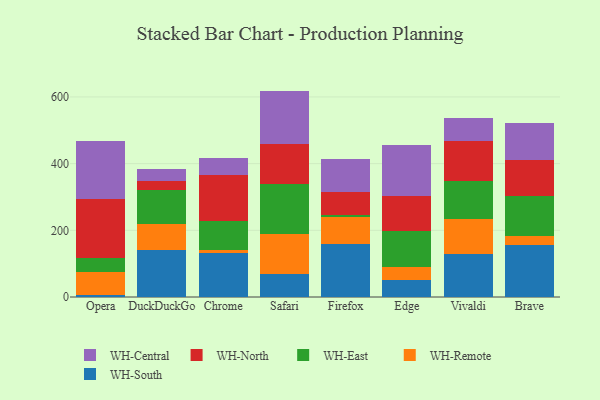
{"axis": {"x": "Browser", "y": "Latency (ms)"}, "legend": ["WH-Central", "WH-East", "WH-North", "WH-Remote", "WH-South"], "data": [{"x": "Opera", "y": 5.6, "type": "WH-South"}, {"x": "Opera", "y": 68.2, "type": "WH-Remote"}, {"x": "Opera", "y": 43.2, "type": "WH-East"}, {"x": "Opera", "y": 176.4, "type": "WH-North"}, {"x": "Opera", "y": 175.7, "type": "WH-Central"}, {"x": "DuckDuckGo", "y": 142.1, "type": "WH-South"}, {"x": "DuckDuckGo", "y": 76.3, "type": "WH-Remote"}, {"x": "DuckDuckGo", "y": 102.1, "type": "WH-East"}, {"x": "DuckDuckGo", "y": 28.6, "type": "WH-North"}, {"x": "DuckDuckGo", "y": 35.2, "type": "WH-Central"}, {"x": "Chrome", "y": 130.8, "type": "WH-South"}, {"x": "Chrome", "y": 8.8, "type": "WH-Remote"}, {"x": "Chrome", "y": 87.7, "type": "WH-East"}, {"x": "Chrome", "y": 138.3, "type": "WH-North"}, {"x": "Chrome", "y": 50.3, "type": "WH-Central"}, {"x": "Safari", "y": 69.0, "type": "WH-South"}, {"x": "Safari", "y": 118.6, "type": "WH-Remote"}, {"x": "Safari", "y": 150.2, "type": "WH-East"}, {"x": "Safari", "y": 121.0, "type": "WH-North"}, {"x": "Safari", "y": 159.5, "type": "WH-Central"}, {"x": "Firefox", "y": 157.8, "type": "WH-South"}, {"x": "Firefox", "y": 81.0, "type": "WH-Remote"}, {"x": "Firefox", "y": 6.4, "type": "WH-East"}, {"x": "Firefox", "y": 70.5, "type": "WH-North"}, {"x": "Firefox", "y": 97.6, "type": "WH-Central"}, {"x": "Edge", "y": 52.5, "type": "WH-South"}, {"x": "Edge", "y": 38.3, "type": "WH-Remote"}, {"x": "Edge", "y": 106.4, "type": "WH-East"}, {"x": "Edge", "y": 105.8, "type": "WH-North"}, {"x": "Edge", "y": 153.3, "type": "WH-Central"}, {"x": "Vivaldi", "y": 128.7, "type": "WH-South"}, {"x": "Vivaldi", "y": 105.2, "type": "WH-Remote"}, {"x": "Vivaldi", "y": 115.0, "type": "WH-East"}, {"x": "Vivaldi", "y": 118.4, "type": "WH-North"}, {"x": "Vivaldi", "y": 69.4, "type": "WH-Central"}, {"x": "Brave", "y": 155.1, "type": "WH-South"}, {"x": "Brave", "y": 29.3, "type": "WH-Remote"}, {"x": "Brave", "y": 119.0, "type": "WH-East"}, {"x": "Brave", "y": 108.6, "type": "WH-North"}, {"x": "Brave", "y": 110.9, "type": "WH-Central"}]}